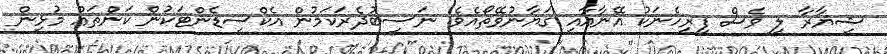
ޝިޔާރާ ލީ ވެސް ފިރިހެނަކު އޭނާއާއި ގަޔާނުވޭތޯއެވެ. ނަސީބުދެރަކަމުން އެކްސިޑެންޓަކުން ކަންތައް މުޅިން